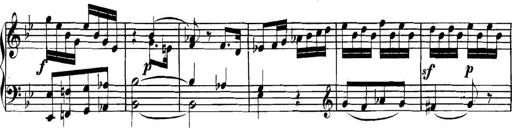
Title: Collected Piano Sonatas
Composer: Muzio Clementi